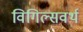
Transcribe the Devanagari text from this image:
विगिल्सवर्थ